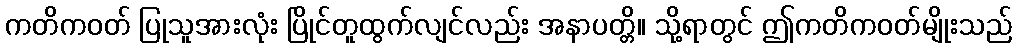
ကတိကဝတ် ပြုသူအားလုံး ပြိုင်တူထွက်လျင်လည်း အနာပတ္တိ။ သို့ရာတွင် ဤကတိကဝတ်မျိုးသည်